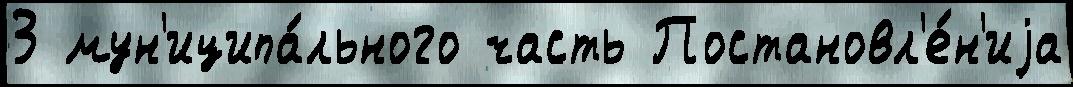
3 мун'иципа́льного часть Постановл'е́н'иjа